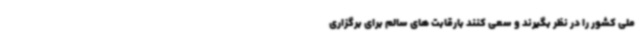
ملی کشور را در نظر بگیرند و سعی کنند بارقابت های سالم برای برگزاری